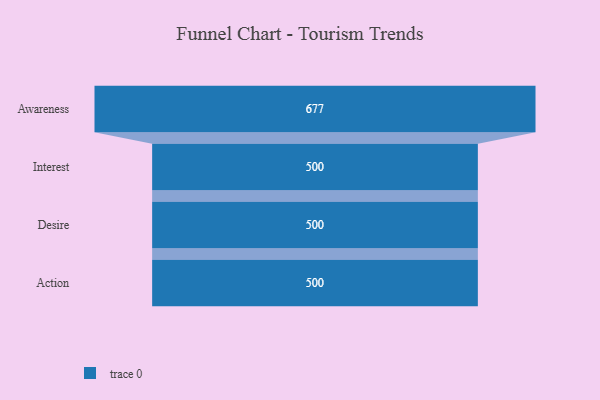
{"axis": {"x": "Stage", "y": "Value"}, "legend": [""], "data": [{"x": "Awareness", "y": 677.0, "type": ""}, {"x": "Interest", "y": 500, "type": ""}, {"x": "Desire", "y": 500, "type": ""}, {"x": "Action", "y": 500, "type": ""}]}